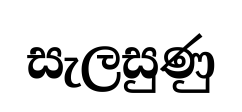
සැලසුණු